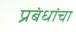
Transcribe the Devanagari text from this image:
प्रबंधांचा